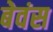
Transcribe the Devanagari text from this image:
बेवंस